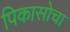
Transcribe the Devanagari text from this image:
पिकासोचा